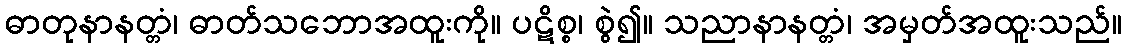
ဓာတုနာနတ္တံ၊ ဓာတ်သဘောအထူးကို။ ပဋိစ္စ၊ စွဲ၍။ သညာနာနတ္တံ၊ အမှတ်အထူးသည်။